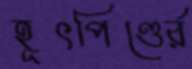
হূৎপিণ্ডের্র